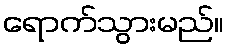
ရောက်သွားမည်။